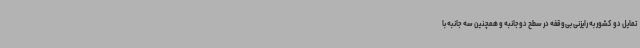
تمایل دو کشور به رایزنی بی‌وقفه در سطح دوجانبه و همچنین سه جانبه با